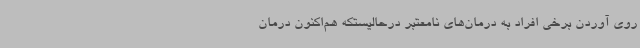
روی آوردن برخی افراد به درمان‌های نامعتبر درحالیستکه هم‌اکنون درمان